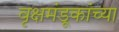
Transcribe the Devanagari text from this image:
वृक्षमंडूकांच्या